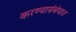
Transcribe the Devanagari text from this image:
करण्यासंबंधात